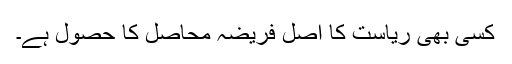
کسی بھی ریاست کا اصل فریضہ محاصل کا حصول ہے۔